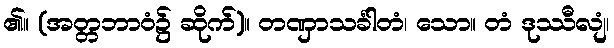
၏။ (အတ္တဘာဝံ၌ ဆိုက်)။ တဏှာသင်္ခါတံ၊ သော။ တံ ဒုဿီလျံ၊